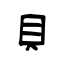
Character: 貝